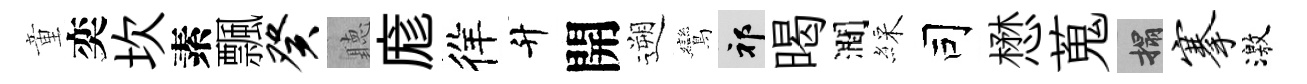
童奕坎素飄癸聽庬徉升開遡鸞祁暍澗綵司懋蒐搨搴激